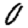
Digit: 0